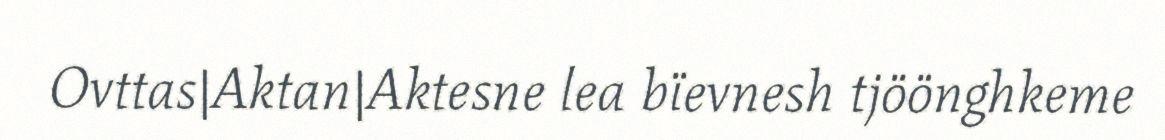
Ovttas|Aktan|Aktesne lea bïevnesh tjöönghkeme